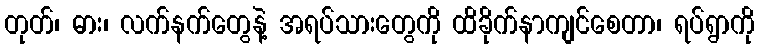
တုတ်၊ ဓား၊ လက်နက်တွေနဲ့ အရပ်သားတွေကို ထိခိုက်နာကျင်စေတာ၊ ရပ်ရွာကို